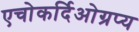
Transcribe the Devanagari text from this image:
एचोकर्दिओग्रप्य